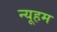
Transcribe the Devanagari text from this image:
न्यूहम